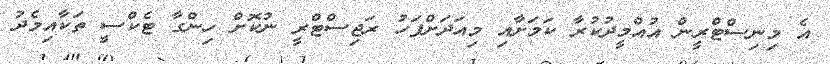
އެ މިނިސްޓްރީން އުއްމީދުކުރާ ކަމަށާއި މިއަދަށްފަހު ރަޖިސްޓްރީ ނުކޮށް ހިންގާ ޓެކްސީ ތަކާއިމެދު